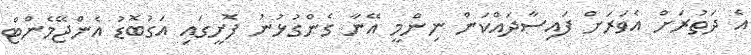
އެ ދަތުރަށް އެވަރަށް ފައިސާދައްކަން ނިންމީ އޭނާ ގެންގުޅުނު ފޮށީގައި އަގުބޮޑު އެންޖޭމެންޓް